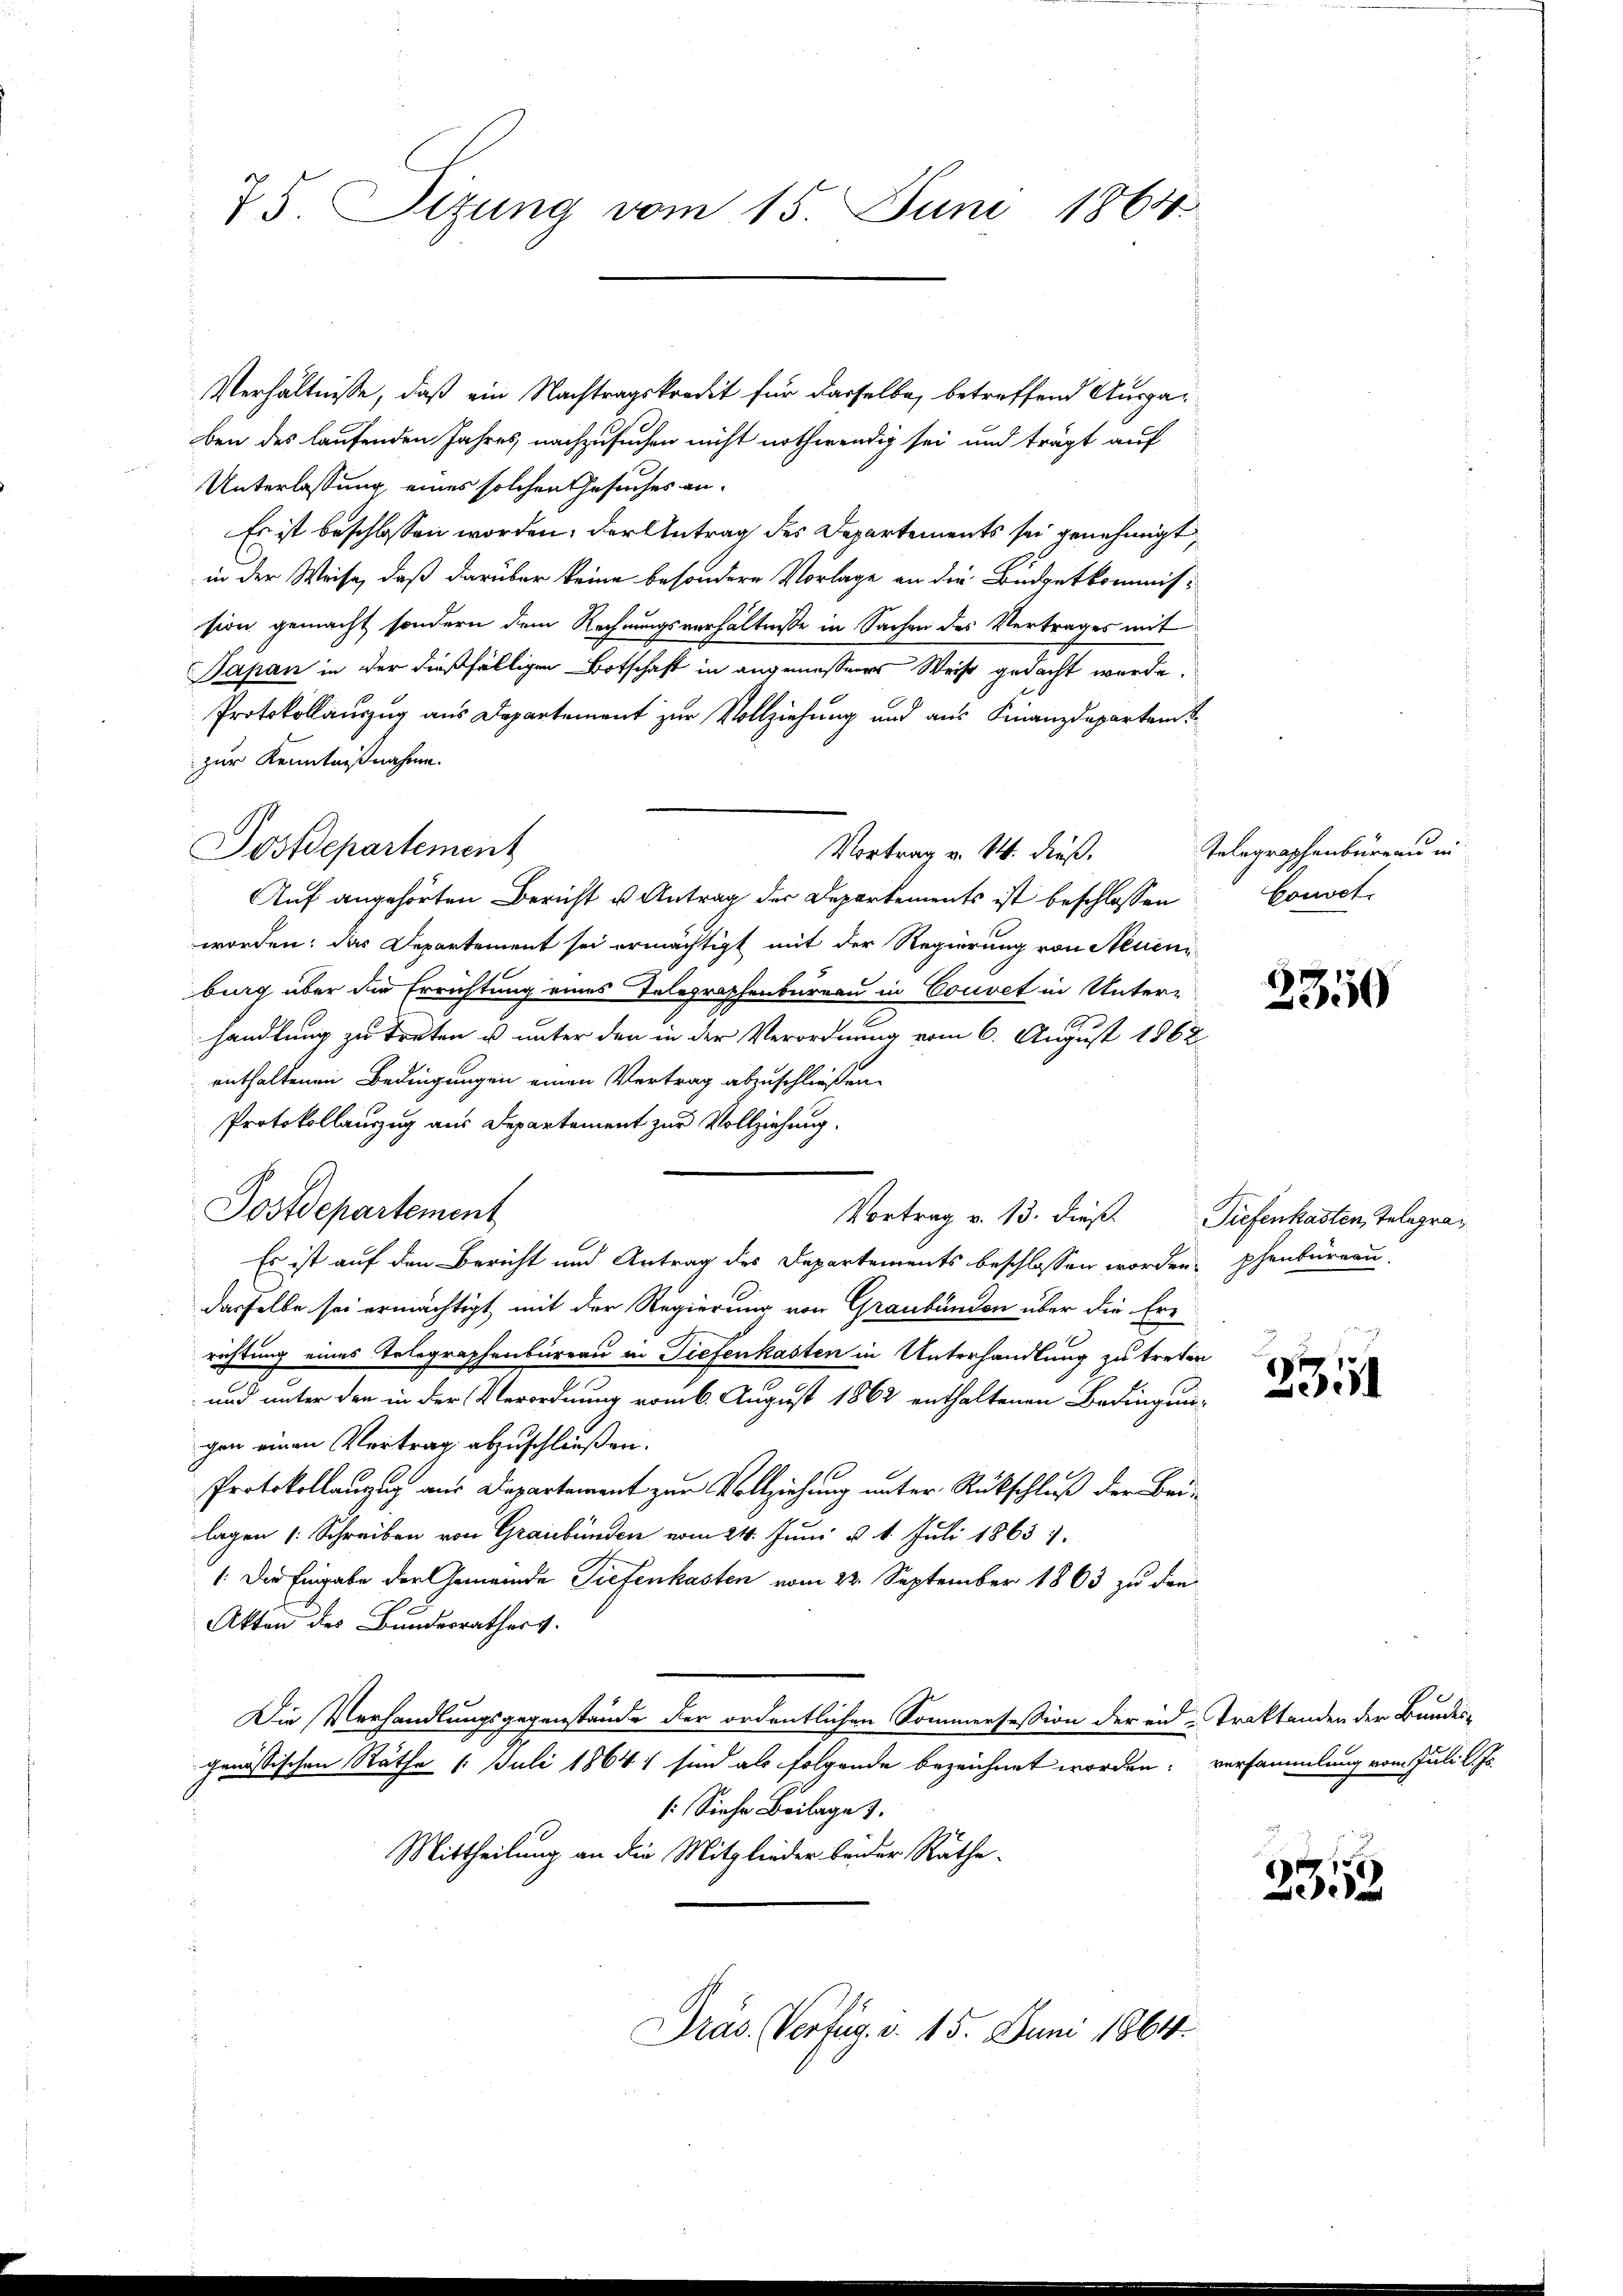
75. Sitzung vom 15. Juni 1864.

Verhältnisse, daß ein Nachtragskredit für dasselbe, betreffend Ausgaben des laufenden Jahres nachzusuchen nicht nothwendig sei und trägt auf
Unterlassung, eines solchen Gesuches an-
Es ist beschlossen worden; der Antrag des Departements sei genehmigt,
in der Weise, daß darüber keine besondere Vorlage an die Budgetkommission gemacht, sondern dem Rechnungsverhältnisse in Sachen des Vertrages mit
Japan in der dießfälligen Botschaft in angemessenes Weise gedacht werde.
Protokollauszug aus Departement zur Vollziehung und aus Finanzdepartem
zur Kenntnißnahme.
Auf angehörten Bericht u Antrag der Departements ist beschlossen
worden; das Departement sei ermächtigt mit der Regierung von Neueniburg über die Errichtung eines Telegraphenbureau in Couvet in Unter-
handlung zu treten u unter den in der Verordnung vom 6. August 1862
enthaltenen Bedingungen einen Vertrag abzuschließen.
Protokollauszug aus Departement zur Vollziehung.
Postdepartement
Vortrag v. 13. dieß Tiefenkasten, Telegra¬
Es ist auf den Bericht und Antrag des Departements beschlossen worden phenbureau
dasselbe sei ermächtigt, mit der Regierung von Graubünden über die Errichtung eines Telegraphenbureau in Tiefenkasten in Unterhandlung zu treten
und unter den in der Verordnung vom 6. August 1862 enthaltenen Bedingungen einen Vertrag abzuschließen.
Protokollanzug aus Departement zur Vollziehung unter Rückschluß der Bau-
lagen (: Schreiben von Graubünden vom 24. Juni v. 1. Juli 1863 1.
1: Die Eingabe der Gemeinde Tiefenkasten vom 22. September 1863 zu den
Akten des Bundesrathes.
Die Verhandlungsgegenstände der ordentlichen Sommersession der ein Traktanden der Bundes-
genössischen Räthe 1. Juli 1864 sind als folgende bezeichnet worden; versammlung vom Juli l. Js.
: Siehe Beilages.
Mittheilung an die Mitglieder beider Räthe
Präs. Verfug. d. 15. Juni 1864.

Postdepartement

Vortrag v. 14. dieß.

Telegraphenbureau in
Couvet.

2350

)
5

333